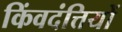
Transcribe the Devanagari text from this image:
किंवदंत्तियों